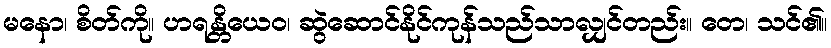
မနော၊ စိတ်ကို။ ဟရန္တိယေဝ၊ ဆွဲဆောင်နိုင်ကုန်သည်သာလျှင်တည်း။ တေ၊ သင်၏။